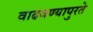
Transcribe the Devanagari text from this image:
वाढवण्यापुरते